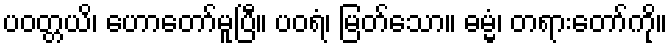
ပဝတ္တယိ၊ ဟောတော်မူပြီ။ ပဝရံ၊ မြတ်သော။ ဓမ္မံ၊ တရားတော်ကို။